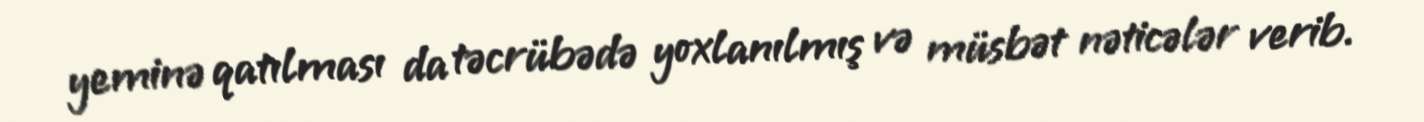
yeminə qatılması da təcrübədə yoxlanılmış və müsbət nəticələr verib.